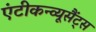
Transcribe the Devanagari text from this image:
एंटीकन्व्यूसैंट्स